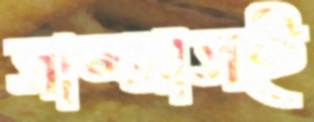
সাম্প্রাসই